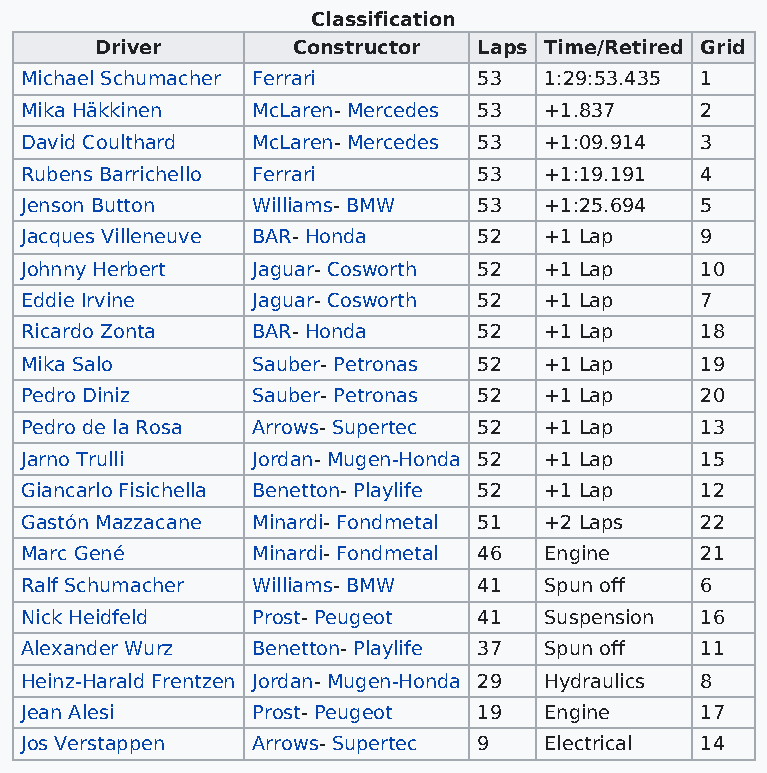
Classification
 Driver       Constructor  Laps Time/Retired Grid
 Michael Schumacher Ferrari     53  1:29:53.435 1
 Mika Häkkinen   McLaren- Mercedes 53 +1.837  2
 David Coulthard McLaren- Mercedes 53 +1:09.914 3
 Rubens Barrichello Ferrari     53  +1:19.191 4
 Jenson Button   Williams- BMW  53  +1:25.694 5
 Jacques Villeneuve BAR- Honda  52  +1 Lap    9
 Johnny Herbert  Jaguar- Cosworth 52 +1 Lap   10
 Eddie Irvine    Jaguar- Cosworth 52 +1 Lap   7
 Ricardo Zonta   BAR- Honda     52  +1 Lap    18
 Mika Salo       Sauber- Petronas 52 +1 Lap   19
 Pedro Diniz     Sauber- Petronas 52 +1 Lap   20
 Pedro de la Rosa Arrows- Supertec 52 +1 Lap  13
 Jarno Trulli    Jordan- Mugen-Honda 52 +1 Lap 15
 Giancarlo Fisichella Benetton- Playlife 52 +1 Lap 12
 Gastón Mazzacane Minardi- Fondmetal 51 +2 Laps 22
 Marc Gené       Minardi- Fondmetal 46 Engine 21
 Ralf Schumacher Williams- BMW  41  Spun off  6
 Nick Heidfeld   Prost- Peugeot 41  Suspension 16
 Alexander Wurz  Benetton- Playlife 37 Spun off 11
 Heinz-Harald Frentzen Jordan- Mugen-Honda 29 Hydraulics 8
 Jean Alesi      Prost- Peugeot 19  Engine    17
 Jos Verstappen  Arrows- Supertec 9 Electrical 14